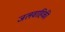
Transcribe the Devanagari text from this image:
जलवाहिकी